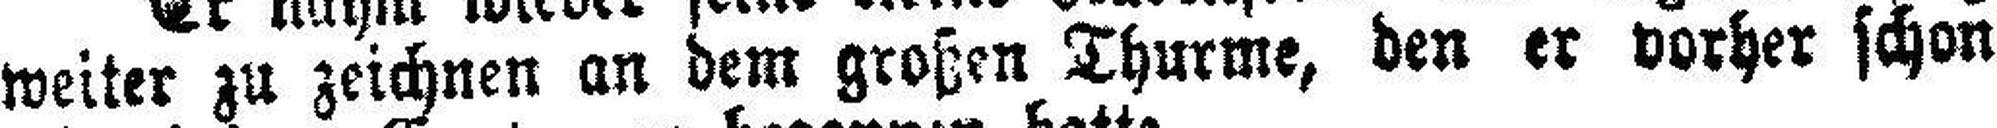
weiter zu zeichnen an dem großen Thurme, den er vorher schon